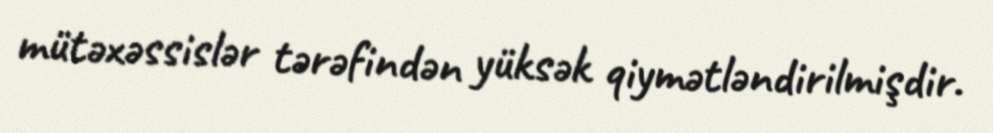
mütəxəssislər tərəfindən yüksək qiymətləndirilmişdir.